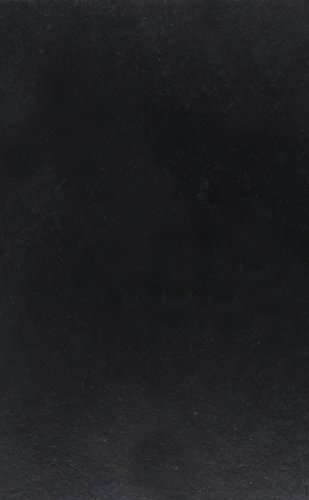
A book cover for Deregulating Telecommunications; Kevin G. Wilson; Law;